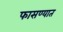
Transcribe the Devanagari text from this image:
फासण्यात